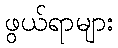
ဖွယ်ရာများ